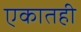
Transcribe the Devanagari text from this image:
एकातही